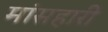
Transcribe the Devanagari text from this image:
मांसहारी